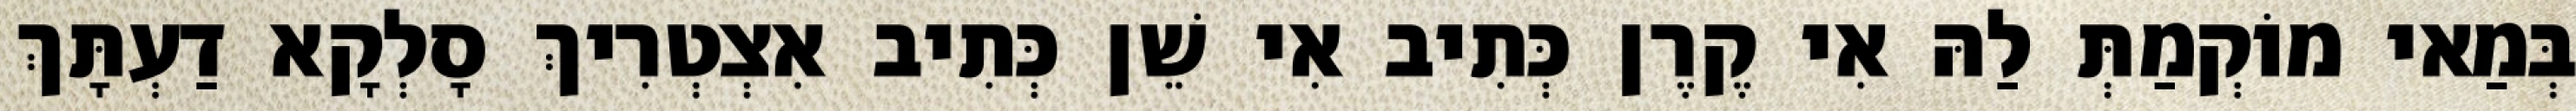
בְּמַאי מוֹקְמַתְּ לַהּ אִי קֶרֶן כְּתִיב אִי שֵׁן כְּתִיב אִצְטְרִיךְ סָלְקָא דַעְתָּךְ